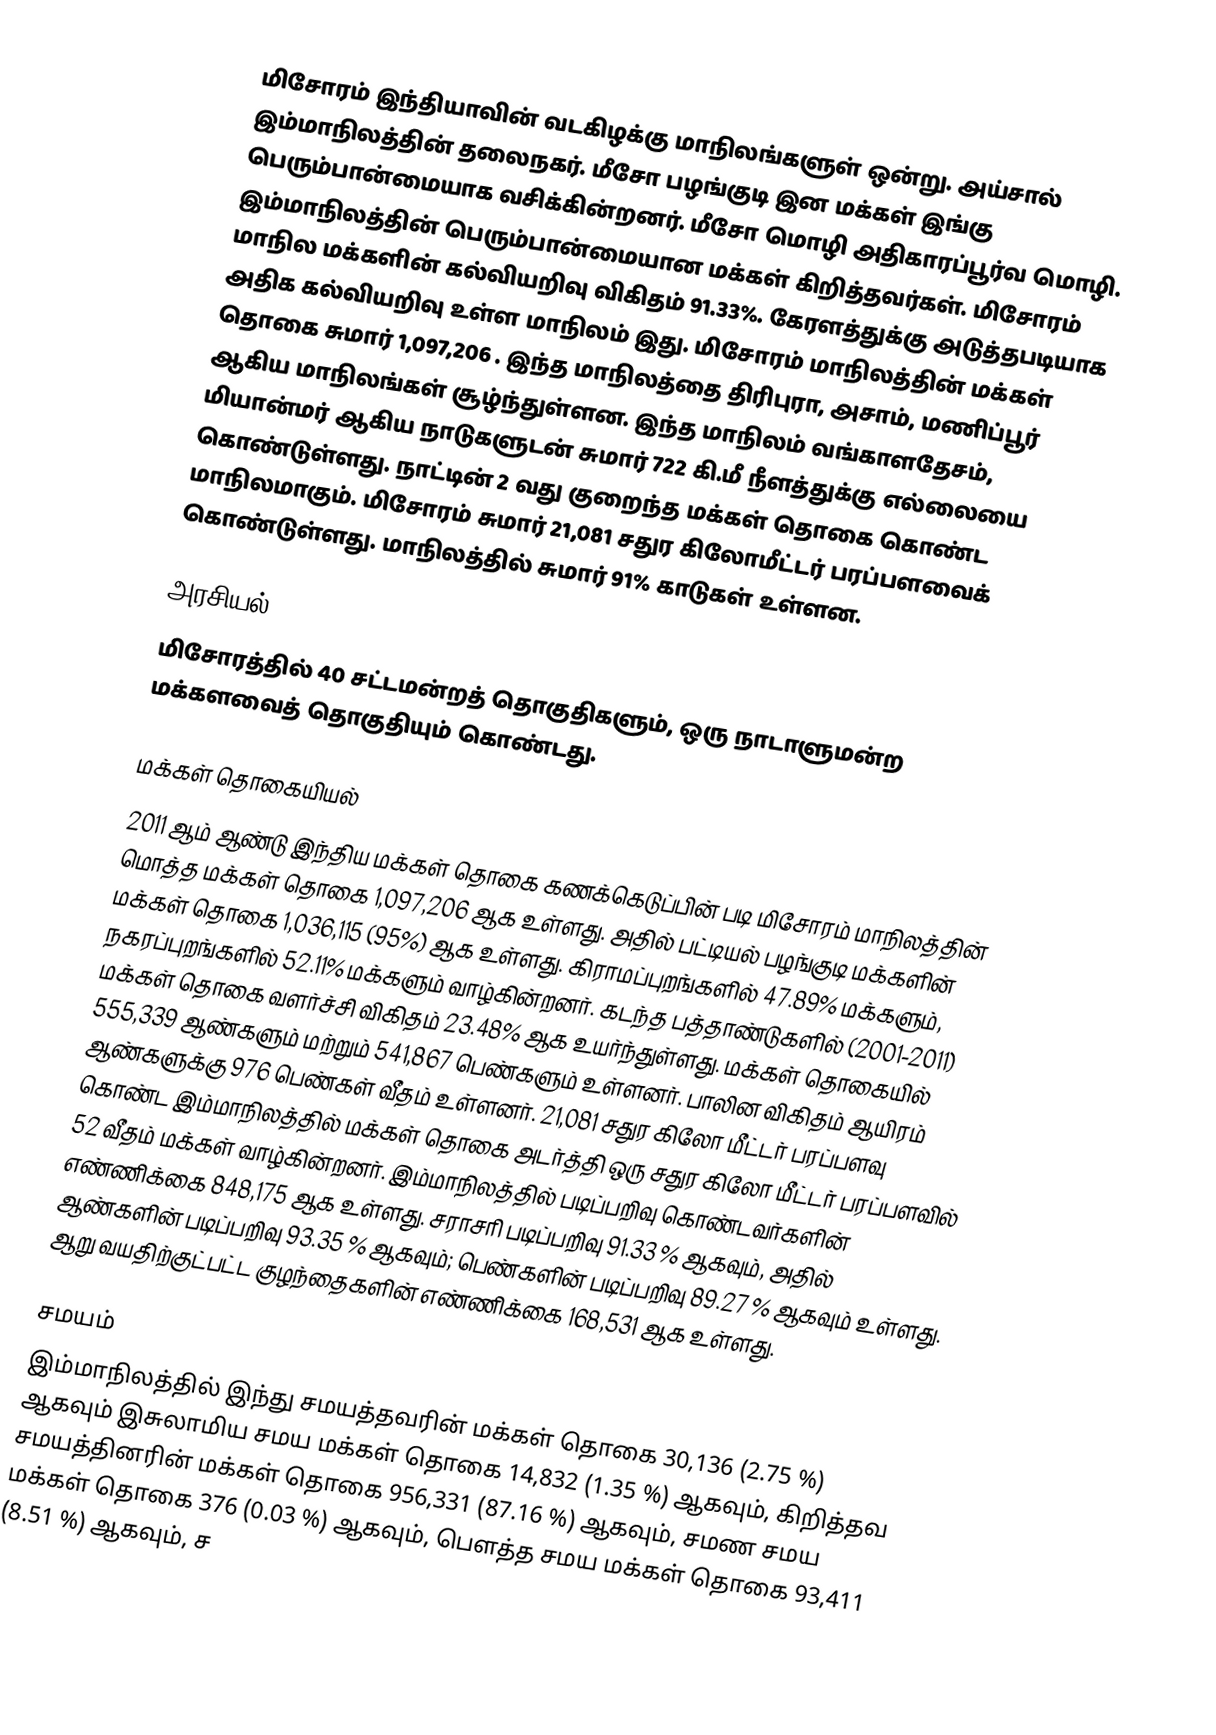
மிசோரம் இந்தியாவின் வடகிழக்கு மாநிலங்களுள் ஒன்று. அய்சால் இம்மாநிலத்தின் தலைநகர்.  மீசோ பழங்குடி இன மக்கள் இங்கு பெரும்பான்மையாக வசிக்கின்றனர். மீசோ மொழி அதிகாரப்பூர்வ மொழி. இம்மாநிலத்தின் பெரும்பான்மையான மக்கள் கிறித்தவர்கள். மிசோரம் மாநில மக்களின் கல்வியறிவு விகிதம் 91.33%. கேரளத்துக்கு அடுத்தபடியாக அதிக கல்வியறிவு உள்ள மாநிலம் இது. மிசோரம் மாநிலத்தின் மக்கள் தொகை சுமார் 1,097,206 . இந்த மாநிலத்தை திரிபுரா, அசாம், மணிப்பூர் ஆகிய மாநிலங்கள் சூழ்ந்துள்ளன. இந்த மாநிலம் வங்காளதேசம், மியான்மர் ஆகிய நாடுகளுடன் சுமார் 722 கி.மீ நீளத்துக்கு எல்லையை கொண்டுள்ளது. நாட்டின் 2 வது குறைந்த மக்கள் தொகை கொண்ட மாநிலமாகும். மிசோரம் சுமார் 21,081 சதுர கிலோமீட்டர் பரப்பளவைக் கொண்டுள்ளது. மாநிலத்தில் சுமார் 91% காடுகள் உள்ளன.

அரசியல்
மிசோரத்தில் 40 சட்டமன்றத் தொகுதிகளும்,  ஒரு நாடாளுமன்ற மக்களவைத் தொகுதியும் கொண்டது.

மக்கள் தொகையியல்
2011 ஆம் ஆண்டு இந்திய மக்கள் தொகை கணக்கெடுப்பின் படி மிசோரம் மாநிலத்தின் மொத்த மக்கள் தொகை 1,097,206 ஆக உள்ளது. அதில் பட்டியல் பழங்குடி மக்களின் மக்கள் தொகை 1,036,115 (95%) ஆக உள்ளது. கிராமப்புறங்களில் 47.89% மக்களும், நகரப்புறங்களில் 52.11% மக்களும் வாழ்கின்றனர். கடந்த பத்தாண்டுகளில் (2001-2011) மக்கள் தொகை வளர்ச்சி  விகிதம்  23.48%  ஆக உயர்ந்துள்ளது. மக்கள் தொகையில்  555,339 ஆண்களும்  மற்றும்  541,867 பெண்களும் உள்ளனர். பாலின விகிதம் ஆயிரம் ஆண்களுக்கு   976 பெண்கள்  வீதம் உள்ளனர். 21,081 சதுர கிலோ மீட்டர் பரப்பளவு கொண்ட இம்மாநிலத்தில் மக்கள் தொகை அடர்த்தி ஒரு சதுர கிலோ மீட்டர் பரப்பளவில் 52  வீதம் மக்கள் வாழ்கின்றனர்.  இம்மாநிலத்தில் படிப்பறிவு கொண்டவர்களின் எண்ணிக்கை 848,175 ஆக உள்ளது. சராசரி  படிப்பறிவு 91.33 % ஆகவும்,  அதில் ஆண்களின் படிப்பறிவு 93.35 %   ஆகவும்;  பெண்களின் படிப்பறிவு 89.27 % ஆகவும் உள்ளது. ஆறு வயதிற்குட்பட்ட குழந்தைகளின் எண்ணிக்கை   168,531 ஆக உள்ளது.

சமயம்
இம்மாநிலத்தில் இந்து சமயத்தவரின் மக்கள் தொகை 30,136  (2.75 %) ஆகவும்  இசுலாமிய சமய  மக்கள் தொகை  14,832 (1.35 %)  ஆகவும், கிறித்தவ சமயத்தினரின் மக்கள் தொகை    956,331  (87.16 %) ஆகவும், சமண சமய மக்கள் தொகை 376   (0.03 %) ஆகவும், பௌத்த சமய மக்கள் தொகை  93,411  (8.51 %) ஆகவும், ச